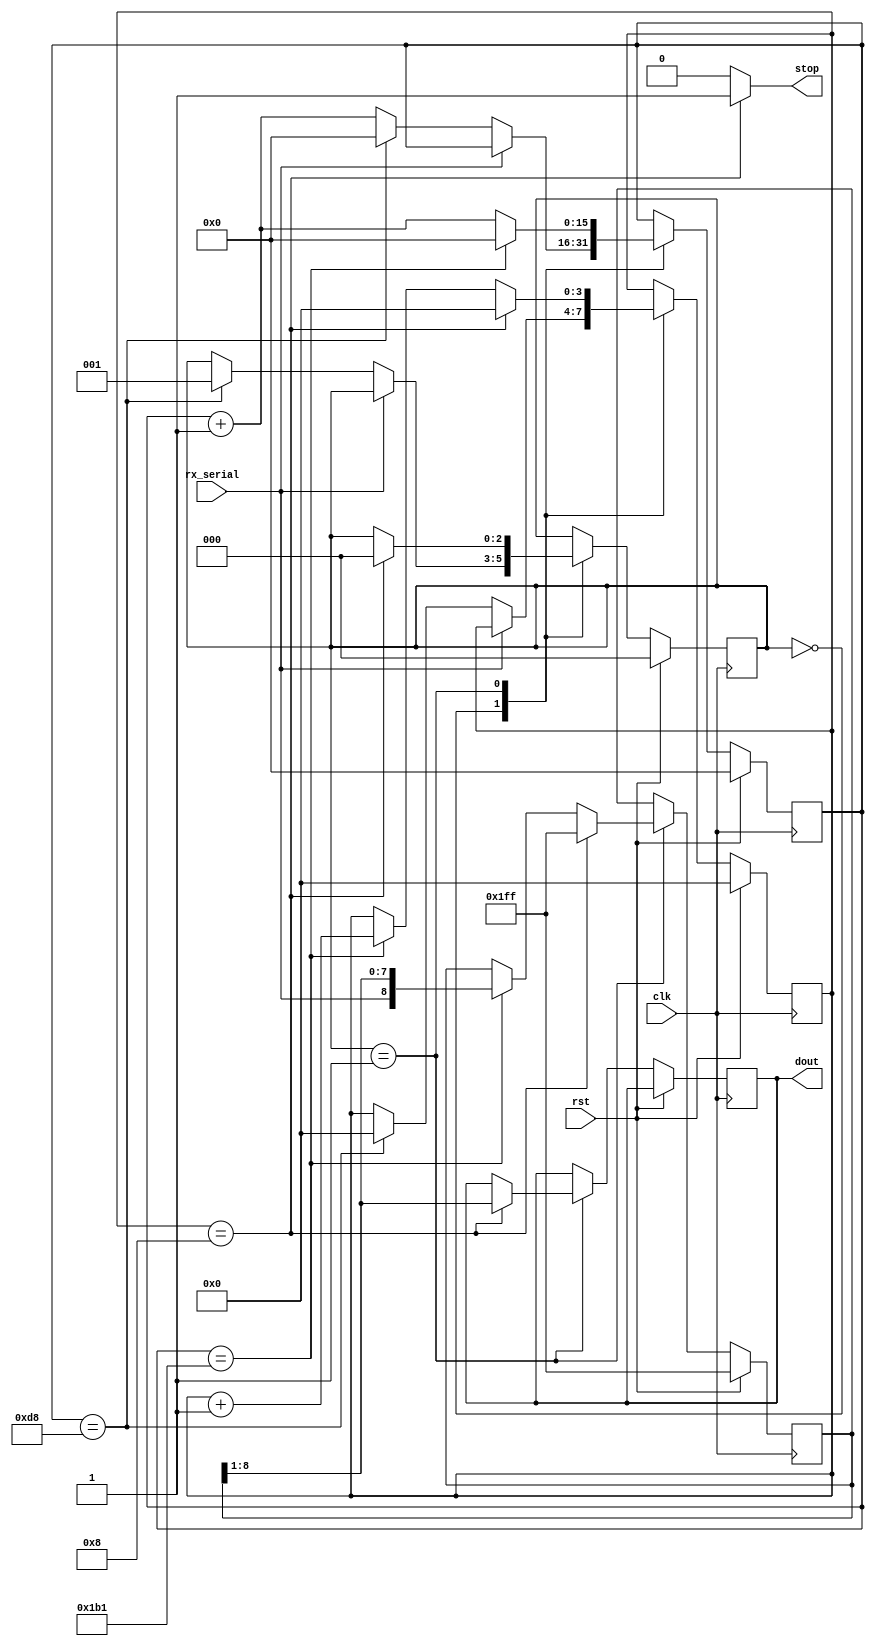
`timescale 1ns / 1ps
module UART_RX #(parameter clkdiv=50000000/115200-1)(
    input clk,
    input rst,
    input rx_serial,
    output reg [7:0]dout,
    output  stop
    );
    reg [15:0] cntr;
    reg [3:0] bitcntr;
    reg [2:0]State;
    reg [8:0]data;
    
    always@(posedge clk) begin
        if(rst) begin
            State <= 0;
            cntr<=0;
            bitcntr<=0;
            data <= 9'b1_1111_1111;
        end
        else begin
            case(State)
                2'b00: begin
//                               stop<=0;
    
                    if(!rx_serial) begin 
                        cntr <= cntr+1;
                    
                        if(cntr==clkdiv[15:1]) begin
                        State<=2'b01;
                        cntr<=0;
                        bitcntr<=0;
                        end  
                    end
               end          
                2'b01: begin
                    cntr<=cntr+1;
                    if(cntr==clkdiv) begin
                     cntr<=0;
                     bitcntr<=bitcntr+1;
                     data <= {rx_serial,data[8:1]};
                    end            
                    if(bitcntr == 8) begin
//                        stop<=1;
                        bitcntr<=0;
                        State <= 2'b00;
                        dout <= data[8:1];
                        data <= 9'b1_1111_1111;
                    end
                end
            endcase
        end
    end
assign stop = (bitcntr==8)? 1:0;
endmodule